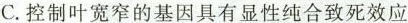
C.控制叶宽窄的基因具有显性纯合致死效应